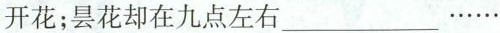
开花；昙花却在九点左右___……